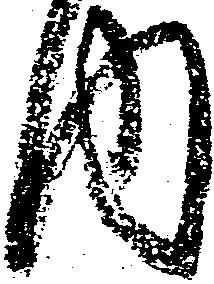
内